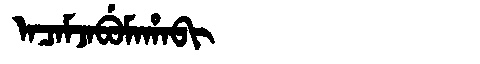
Manchu: ᠠᠴᠠᠮᠵᠠᠪᡠᠮᠠᡥᠠᠪᡳ
Romanization: ACAMJABUMAHABI